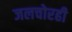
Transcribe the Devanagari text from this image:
जलचोरही